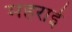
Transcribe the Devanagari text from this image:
महराई